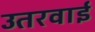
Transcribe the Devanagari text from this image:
उतरवाई